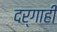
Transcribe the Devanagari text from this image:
दर्गाही